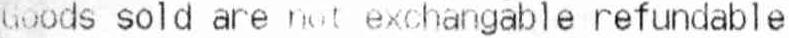
GOODS SOLD ARE NOT EXCHANGABLE REFUNDABLE